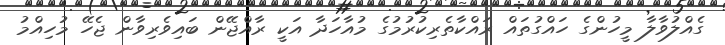
ގެއްލުވާލާ މީހުންގެ ހައްގުތައް ރައްކާތެރިކުރުމުގެ މުއާހަދާ އަކީ ރާއްޖޭން ބައިވެރިވާން ޖެހޭ މުހިއްމު